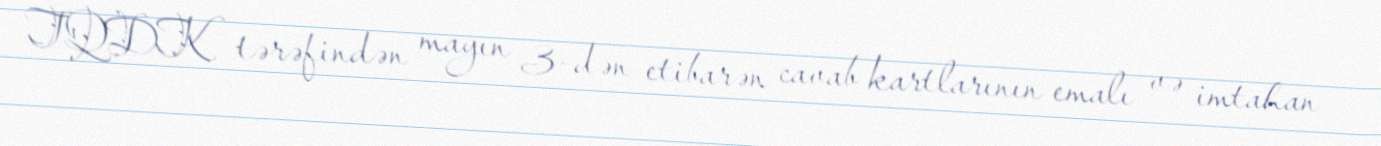
TQDK tərəfindən mayın 3-dən etibarən cavab kartlarının emalı və imtahan